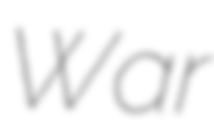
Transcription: War